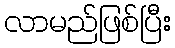
လာမည်ဖြစ်ပြီး